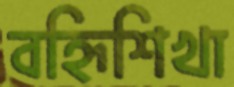
বহ্নিশিখা